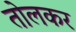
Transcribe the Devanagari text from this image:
तोलकर